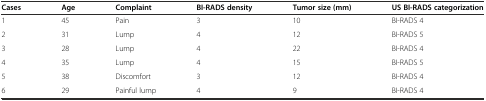
| Cases | Age | Complaint | BI-RADS density | Tumor size (mm) | US BI-RADS categorization |
 | --- | --- | --- | --- | --- | --- |
 | 1 | 45 | Pain | 3 | 10 | BI-RADS 4 |
 | 2 | 31 | Lump | 4 | 12 | BI-RADS 5 |
 | 3 | 28 | Lump | 4 | 22 | BI-RADS 4 |
 | 4 | 35 | Lump | 4 | 15 | BI-RADS 5 |
 | 5 | 38 | Discomfort | 3 | 12 | BI-RADS 4 |
 | 6 | 29 | Painful lump | 4 | 9 | BI-RADS 4 |